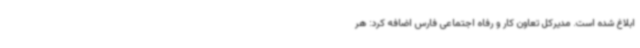
ابلاغ شده است. مدیرکل تعاون کار و رفاه اجتماعی فارس اضافه کرد: هر